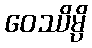
ဝေဿိမ္ပိ